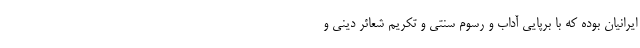
ایرانیان بوده که با برپایی آداب و رسوم سنتی و تکریم شعائر دینی و